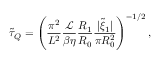
\tilde { \tau } _ { Q } = \left( \frac { \pi ^ { 2 } } { L ^ { 2 } } \frac { \mathcal { L } } { \beta \eta } \frac { R _ { 1 } } { R _ { 0 } } \frac { | \tilde { \xi } _ { 1 } | } { \pi R _ { 0 } ^ { 2 } } \right) ^ { - 1 / 2 } ,